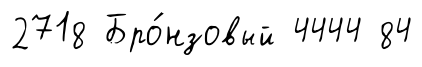
2718 Бро́нзовый 4444 84